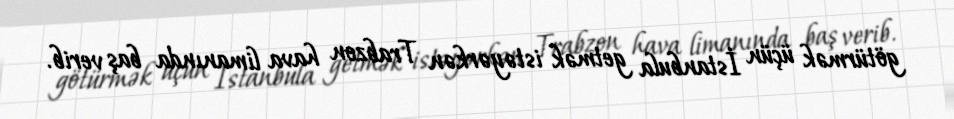
götürmək üçün İstanbula getmək istəyərkən Trabzon hava limanında baş verib.